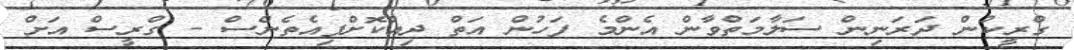
ގްރީކުން ދަރަނިން ސަލާމަތްވާން އެންމެ ފަހުން އަތް ދިއްކޮށްފިއެތެންސް - ގްރީސް އަށް